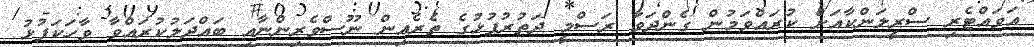
އަވައްޓެރި ސްރީލަންކާއަށް ކުރައްވަަމުން ގެންދަވާ ރަސްމީ ދަތުރުފުޅުގެ ތެރެއިން ނޫސްވެރިންނާއި ބައްދަލުކުރައްވާ ވާހަކަފުޅު